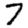
Digit: 7